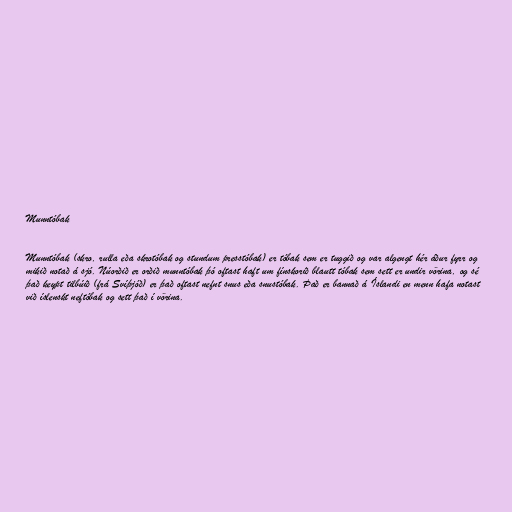
Munntóbak

Munntóbak (skro, rulla eða skrotóbak og stundum presstóbak) er tóbak sem er tuggið og var algengt hér áður fyrr og
mikið notað á sjó. Núorðið er orðið munntóbak þó oftast haft um fínskorið blautt tóbak sem sett er undir vörina, og sé
það keypt tilbúið (frá Svíþjóð) er það oftast nefnt snus eða snustóbak. Það er bannað á Íslandi en menn hafa notast
við íslenskt neftóbak og sett það í vörina.